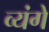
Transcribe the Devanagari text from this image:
व्यंगे